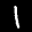
Label: 1